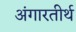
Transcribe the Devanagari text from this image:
अंगारतीर्थ